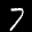
Label: 7